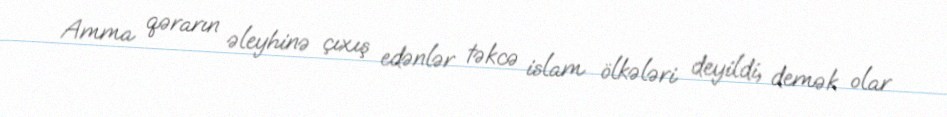
Amma qərarın əleyhinə çıxış edənlər təkcə islam ölkələri deyildi, demək olar